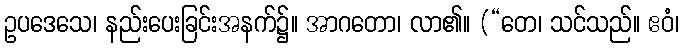
ဥပဒေသေ၊ နည်းပေးခြင်းအနက်၌။ အာဂတော၊ လာ၏။ (“တေ၊ သင်သည်။ ဧဝံ၊